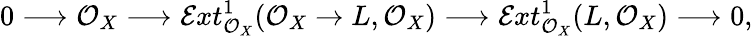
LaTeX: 0\longrightarrow\mathcal{O}_{X}\longrightarrow\mathcal{E}xt_{\mathcal{O}_{X}}^{1}(\mathcal{O}_{X}\to L,\mathcal{O}_{X})\longrightarrow\mathcal{E}xt_{\mathcal{O}_{X}}^{1}(L,\mathcal{O}_{X})\longrightarrow 0,